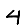
Digit: 4